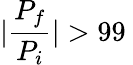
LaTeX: |\frac{P_{f}}{P_{i}}|>99\